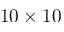
1 0 \times 1 0